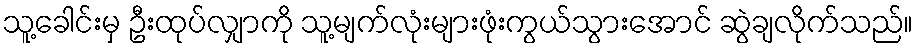
သူ့ခေါင်းမှ ဦးထုပ်လျှာကို သူ့မျက်လုံးများဖုံးကွယ်သွားအောင် ဆွဲချလိုက်သည်။